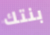
بنتك